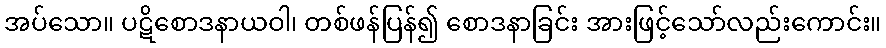
အပ်သော။ ပဋိစောဒနာယဝါ၊ တစ်ဖန်ပြန်၍ စောဒနာခြင်း အားဖြင့်သော်လည်းကောင်း။